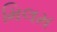
મિલમ